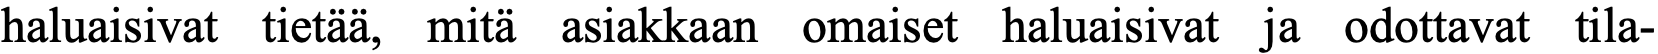
haluaisivat tietää, mitä asiakkaan omaiset haluaisivat ja odottavat tila-